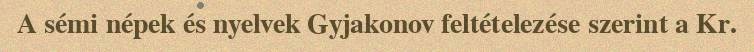
A sémi népek és nyelvek Gyjakonov feltételezése szerint a Kr.